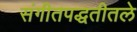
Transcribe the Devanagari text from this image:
संगीतपद्धतीतले